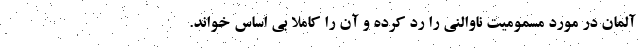
آلمان در مورد مسمومیت ناوالنی را رد کرده و آن را کاملا بی اساس خواند.